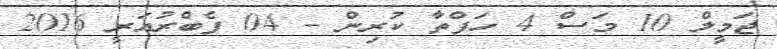
ޖަމީލް 10 މަސް 4 ހަފްތާ ކުރިން - 04 ފެބްރުއަރީ 2016